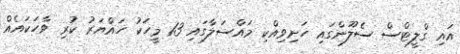
އައި ގްލީޓްސް ސެލޫންގައި ހަށިވިއްކި މައްސަލާގައި 13 މީހަކު ހައްޔަރު ކުރި ވާހަކައެއް